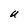
Character: U